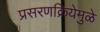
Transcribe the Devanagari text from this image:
प्रसरणक्रियेमुळे